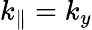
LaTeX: k_{\| }=k_{y}